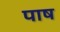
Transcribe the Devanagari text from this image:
पाष